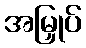
အမြှုပ်